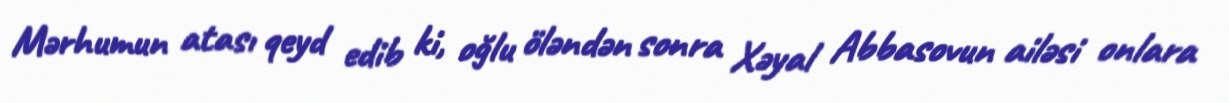
Mərhumun atası qeyd edib ki, oğlu öləndən sonra Xəyal Abbasovun ailəsi onlara